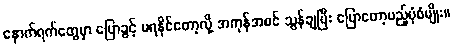
နောက်ရက်တွေမှာ ပြောခွင့် မရနိုင်တော့လို့ အကုန်အစင် သွန်ချပြီး ပြောတော့မည့်ပုံစံမျိုး။